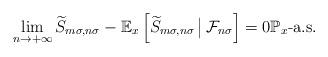
LaTeX: \begin{align*}\lim_{n\to+\infty}\widetilde{S}_{m\sigma,n\sigma}-\mathbb{E}_{x}\left[ \widetilde{S}_{m\sigma,n\sigma} \,\big|\, \mathcal{F}_{n\sigma}\right] =0\mathbb{P}_{x}\mbox{-a.s.}\end{align*}